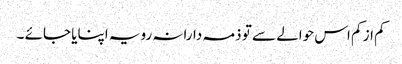
کم از کم اس حوالے سے تو ذمہ دارانہ رویہ اپنایا جائے ۔